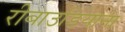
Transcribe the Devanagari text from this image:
रीबाउडियाना